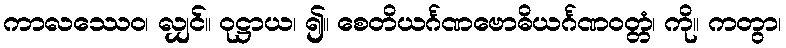
ကာလဿေဝ၊ လျှင်။ ဝုဋ္ဌာယ၊ ၍။ စေတိယင်္ဂဏဗောဓိယင်္ဂဏဝတ္တံ၊ ကို။ ကတွာ၊